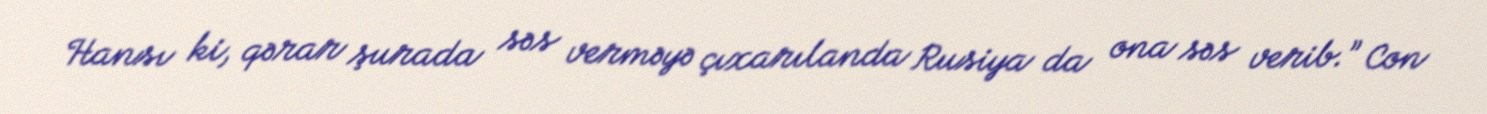
Hansı ki, qərar şurada səs verməyə çıxarılanda Rusiya da ona səs verib.” Con